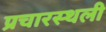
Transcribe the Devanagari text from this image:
प्रचारस्‍थली